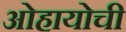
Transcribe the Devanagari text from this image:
ओहायोची